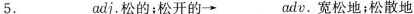
5.________adj.松的；松开的→___αdv.宽松地；松散地